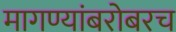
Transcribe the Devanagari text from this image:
मागण्यांबरोबरच